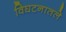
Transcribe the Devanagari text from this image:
विघटनातले